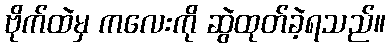
ဗိုက်ထဲမှ ကလေးကို ဆွဲထုတ်ခဲ့ရသည်။